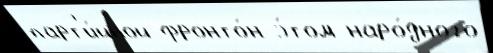
парт'и́йной фронто́н э́том наро́дного